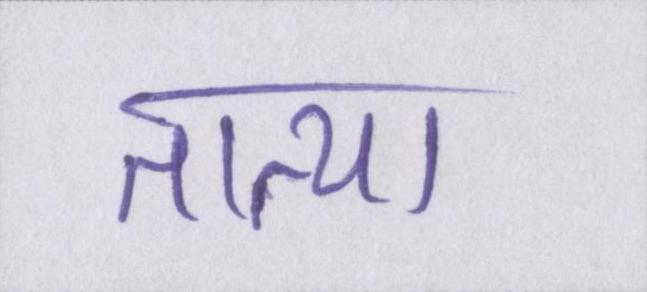
तात्या